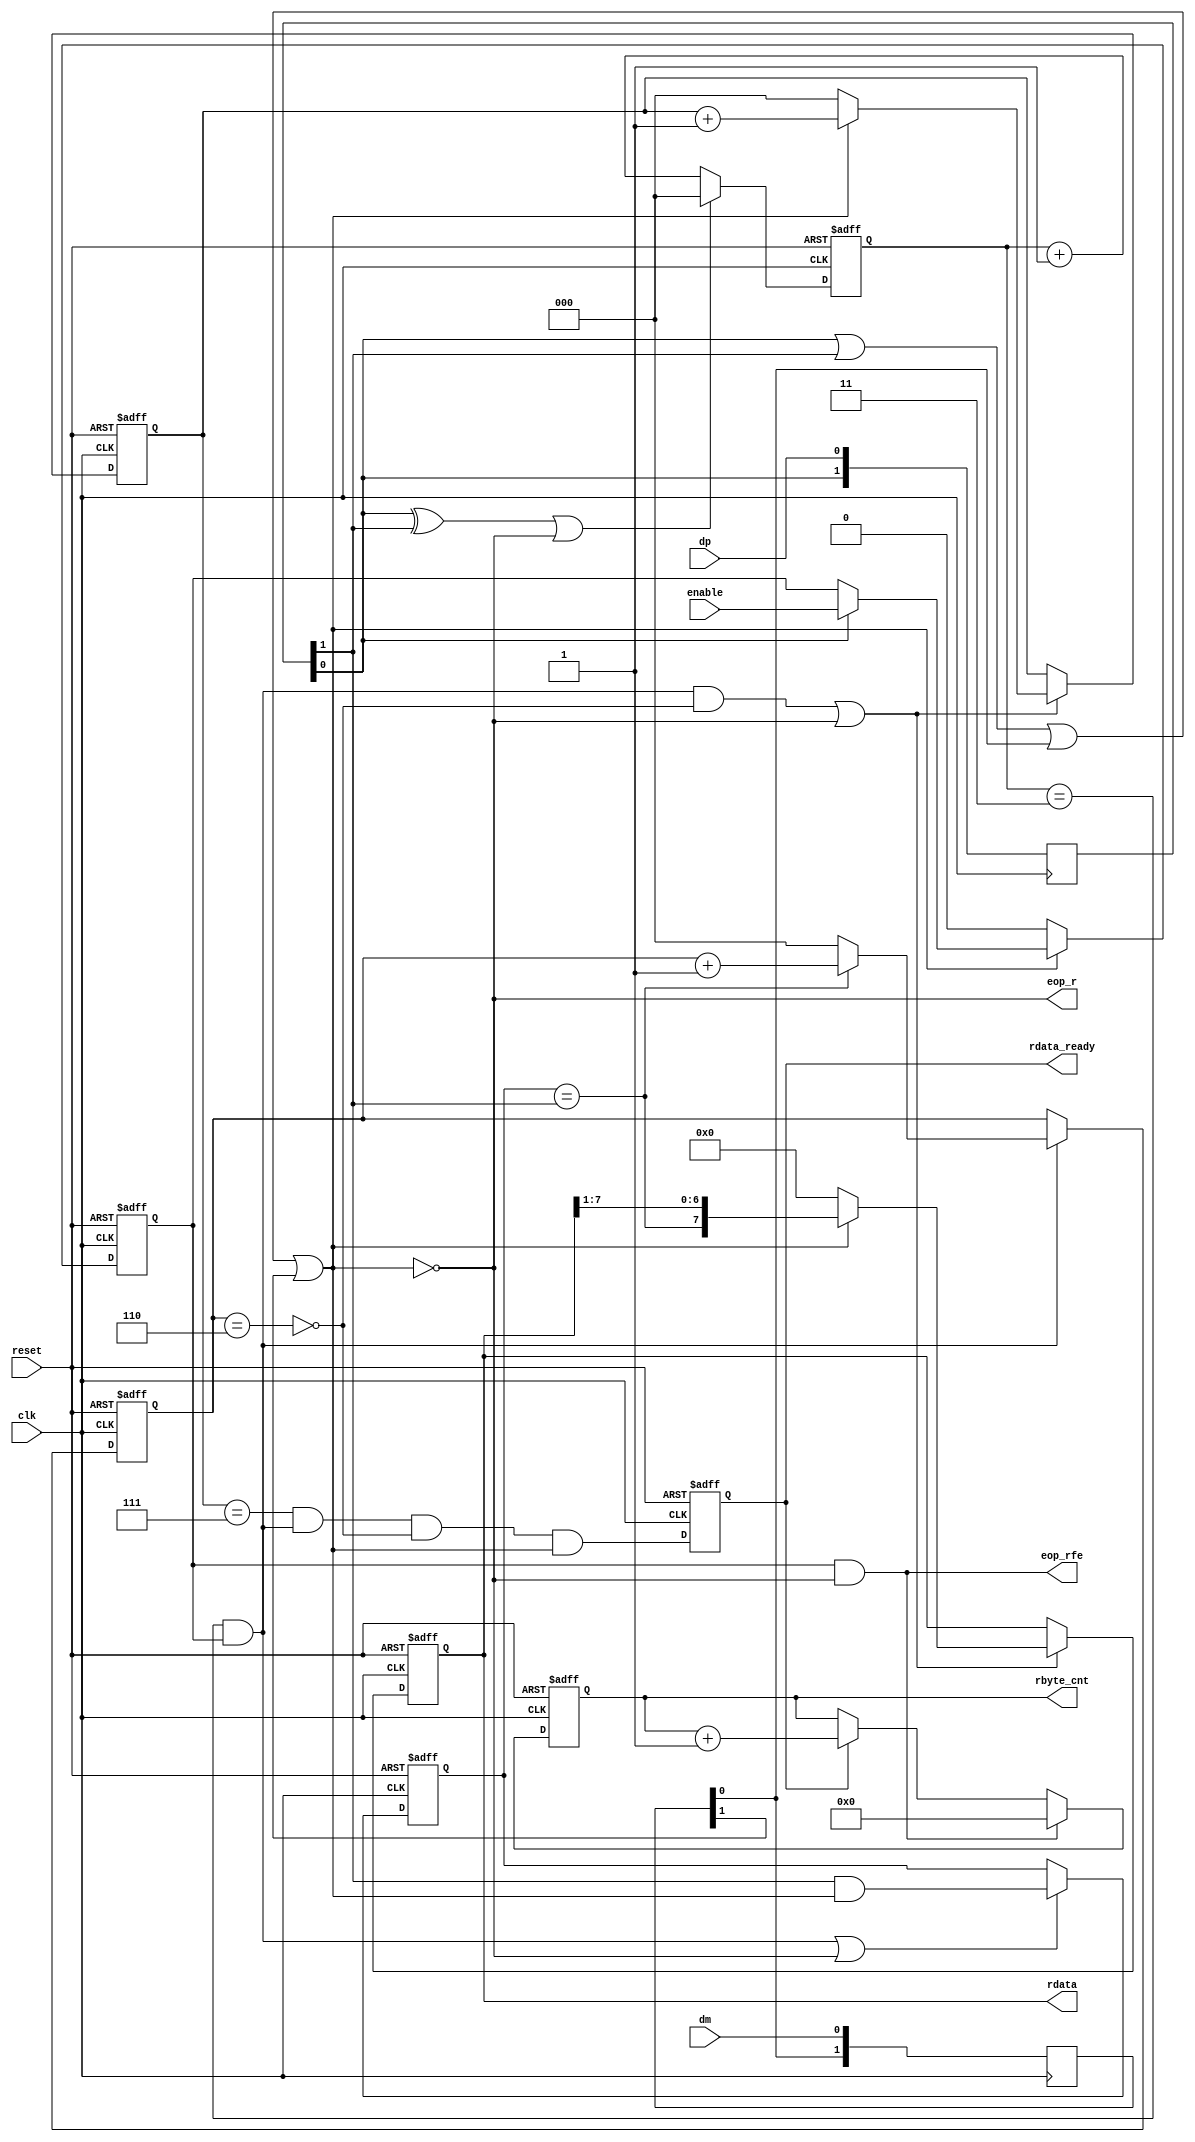
module ls_usb_recv(
	input wire reset,
	
	//clock should be 12Mhz
	input wire clk,

	//usb BUS signals
	input wire dp,
	input wire dm,
	
	input wire enable,

	output wire eop_r,

	//output received bytes interface
	output reg [7:0]rdata,
	output reg rdata_ready,
	output reg [3:0]rbyte_cnt,

	output wire eop_rfe //receive EOP falling edge
	);

////////////////////////////////////////////////////////
//receiver regs
////////////////////////////////////////////////////////

reg [2:0]receiver_cnt;

//fix current USB line values
reg [1:0]dp_input;
reg [1:0]dm_input;

always @(posedge clk)
begin		
	dp_input <= { dp_input[0], dp };
	dm_input <= { dm_input[0], dm };
end

//if both lines in ZERO this is low speed EOP
//EOP reinitializes receiver
assign eop_r  = !(dp_input[0] | dp_input[1] | dm_input[0] | dm_input[1]);

//find edge of receive EOP
assign eop_rfe = receiver_enabled & (eop_r);

//logic for enabling/disabling receiver
reg receiver_enabled;
always @(posedge clk or posedge reset )
	if(reset)
		receiver_enabled <= 1'b0;
	else
	if( eop_r) //disable on any EOP
		receiver_enabled <= 1'b0;
	else
	if( dp_input[0] )  //enable receiver on raising edge of DP line
		receiver_enabled <= enable;

//change on DP line defines strobing
wire dp_change;
assign dp_change = dp_input[0] ^ dp_input[1];

//generate clocked receiver strobe with this counter
reg [2:0]clk_counter;
always @(posedge clk or posedge reset )
begin		
	if(reset)
		clk_counter <= 3'b000;
	else
	begin		
		//every edge on line resynchronizes receiver clock
		if(dp_change | eop_r)
			clk_counter <= 3'b000;
		else
			clk_counter <= clk_counter + 1'b1;
	end
end

reg r_strobe;
always @*
	r_strobe = (clk_counter == 3'b011) & receiver_enabled;

//on receiver strobe remember last fixed DP value
reg last_fixed_dp;
always @(posedge clk or posedge reset)
begin
	if(reset)
		last_fixed_dp <= 1'b0;
	else
	begin
		if(r_strobe | eop_r)
		begin
			last_fixed_dp <= dp_input[1] & (~eop_r);
		end	
	end
end

//count number of sequental ones for bit staffling
reg [2:0]num_ones;
always @(posedge clk or posedge reset)
begin
	if(reset)
		num_ones <= 3'b000;
	else
	begin
		if(r_strobe)
		begin
			if(last_fixed_dp == dp_input[1])
				num_ones <= num_ones + 1'b1;
			else
				num_ones <= 3'b000;
		end
	end
end

//flag which mean that zero should be removed from bit stream because of bitstuffling
wire do_remove_zero; assign do_remove_zero = (num_ones == 6);

//receiver process
always @(posedge clk or posedge reset )
begin		
	if(reset)
	begin
		//kind of reset
		receiver_cnt <= 0;
		rdata <= 0;
		rdata_ready <= 1'b0;
	end
	else
	begin		

		if(r_strobe & (!do_remove_zero) | eop_r)
		begin
			//decode NRZI
			//shift-in ONE  if older and new values are same
			//shift-in ZERO if older and new values are different
			//BUT (bitstuffling) do not shift-in one ZERO after 6 ONEs
			if(eop_r)
			begin
				receiver_cnt <= 0;
				rdata  <= 0;
			end
			else
			begin
				receiver_cnt <= receiver_cnt + 1'b1;
				rdata  <= { (last_fixed_dp == dp_input[1]) , rdata[7:1]};
			end
		end

		//set write-enable signal (write into receiver buffer)
		rdata_ready <= (receiver_cnt == 7) & r_strobe & (!do_remove_zero) & (~eop_r);
	end
end

//count number of received bytes
always @(posedge clk or posedge reset )
begin		
	if(reset)
		rbyte_cnt <= 0;
	else
	begin
		if(eop_rfe)
			rbyte_cnt <= 0;
		else
		if(rdata_ready)
			rbyte_cnt <= rbyte_cnt + 1'b1;
	end
end

endmodule